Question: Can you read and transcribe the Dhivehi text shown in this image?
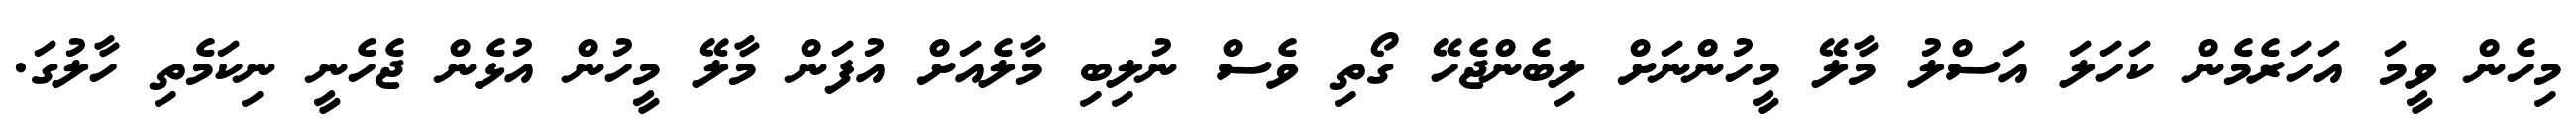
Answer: މިހެން ވީމަ އަހަރެމެން ކަހަލަ އަސްލު މާލޭ މީހުންނަށް ލިބެންޖެހޭ ގޯތި ވެސް ނުލިބި މާލެއަށް އުފަން މާލޭ މީހުން އުޅެން ޖެހެނީ ނިކަމެތި ހާލުގަ.